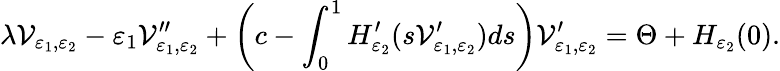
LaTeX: \lambda{\mathcal V}_{{\varepsilon}_{1},{\varepsilon}_{2}}-{\varepsilon}_{1}{\mathcal V}_{{\varepsilon}_{1},{\varepsilon}_{2}}^{\prime\prime}+\left(c-\int_{0}^{1}H_{{\varepsilon}_{2}}^{\prime}(s{\mathcal V}_{{\varepsilon}_{1},{\varepsilon}_{2}}^{\prime})ds\right){\mathcal V}_{{\varepsilon}_{1},{\varepsilon}_{2}}^{\prime}={\Theta}+H_{{\varepsilon}_{2}}(0).